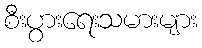
စီးပွားရေးသမားများ